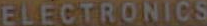
ELECTRONICS